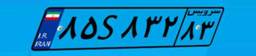
۴۸S۶۴۷۸۱